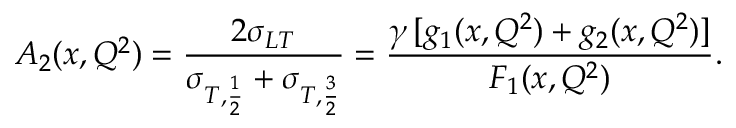
A _ { 2 } ( x , Q ^ { 2 } ) = \frac { 2 \sigma _ { L T } } { \sigma _ { T , \frac { 1 } { 2 } } + \sigma _ { T , \frac { 3 } { 2 } } } = \frac { \gamma \, [ g _ { 1 } ( x , Q ^ { 2 } ) + g _ { 2 } ( x , Q ^ { 2 } ) ] } { F _ { 1 } ( x , Q ^ { 2 } ) } .